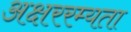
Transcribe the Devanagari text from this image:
अक्षररम्यता